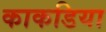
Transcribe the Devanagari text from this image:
काकडिया